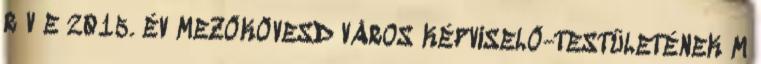
R V E 2015. ÉV MEZŐKÖVESD VÁROS KÉPVISELŐ-TESTÜLETÉNEK M